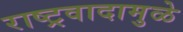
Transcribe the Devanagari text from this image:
राष्ट्रवादामुळे